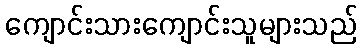
ကျောင်းသားကျောင်းသူများသည်